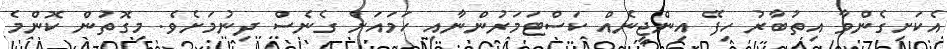
އެކަށިގެންވާ އިތުބާރު ހިފޭ އިންޖީނެއް ކަސްޓަމަރުންނާއި ހަމައަށް ގެނެސް ދިނުމަށެވެ. މިގޮތުން ކޮންމެ